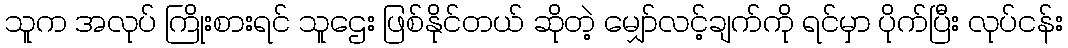
သူက အလုပ် ကြိုးစားရင် သူဌေး ဖြစ်နိုင်တယ် ဆိုတဲ့ မျှော်လင့်ချက်ကို ရင်မှာ ပိုက်ပြီး လုပ်ငန်း